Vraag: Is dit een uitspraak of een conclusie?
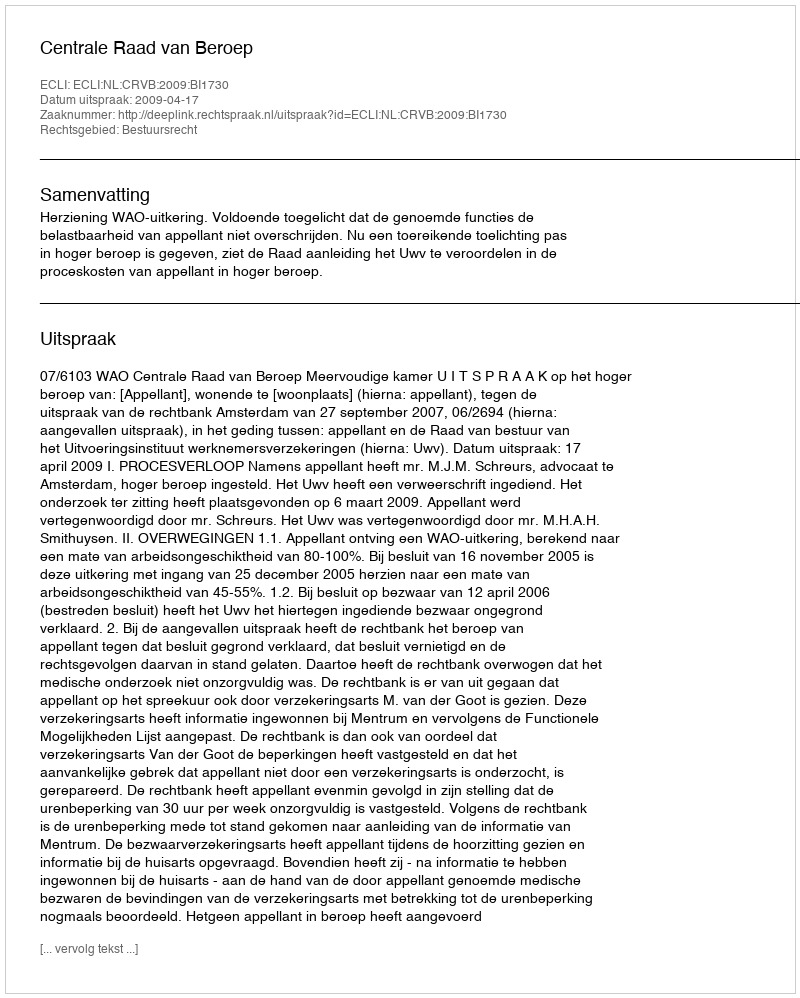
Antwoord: Uitspraak